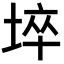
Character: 埣